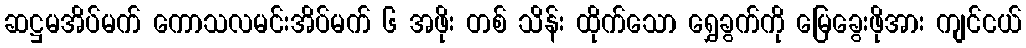
ဆဋ္ဌမအိပ်မက် ကောသလမင်းအိပ်မက် ၆ အဖိုး တစ် သိန်း ထိုက်သော ရွှေခွက်ကို မြေခွေးဖိုအား ကျင်ငယ်